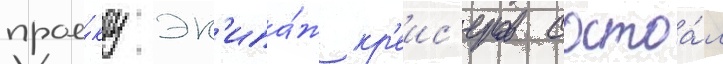
прое́кту эк'ипа́ж кр'еис'еров состоа́л